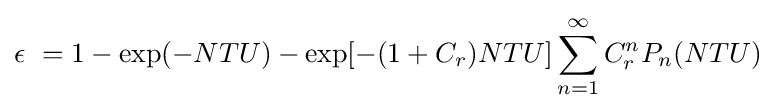
\epsilon \ =1-\exp(-NTU)-\exp[-(1+C_{r})NTU]\sum _{n=1}^{\infty }C_{r}^{n}P_{n}(NTU)